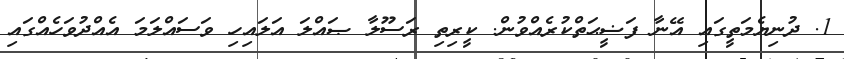
1. ދުނިޔެމަތީގައި އޭނާ ފަޟީޙަތްކުރެއްވުން. ކީރިތި ރަސޫލާ ޞައްލަ އަލައިހި ވަސައްލަމަ އެއްދުވަހެއްގައި